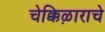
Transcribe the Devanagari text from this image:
चेक्किऴाराचे